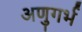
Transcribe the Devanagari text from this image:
अणुगर्भ